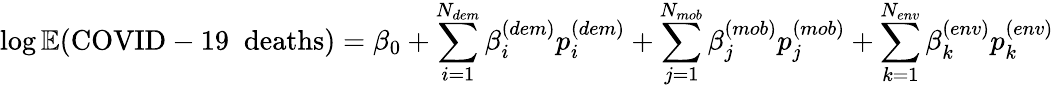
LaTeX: \log{\mathbb{E}(\mathrm{COVID-19~\; deaths})}=\beta_{0}+\sum_{i=1}^{N_{dem}}\beta_{i}^{(dem)}p_{i}^{(dem)}+\sum_{j=1}^{N_{mob}}\beta_{j}^{(mob)}p_{j}^{(mob)}+\sum_{k=1}^{N_{env}}\beta_{k}^{(env)}p_{k}^{(env)}